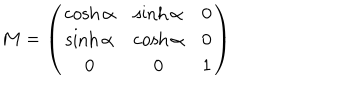
M = \left( \begin{array} { c c c } { { \cosh \alpha } } & { { \sinh \alpha } } & { { 0 } } \\ { { \sinh \alpha } } & { { \cosh \alpha } } & { { 0 } } \\ { { 0 } } & { { 0 } } & { { 1 } } \\ \end{array} \right)